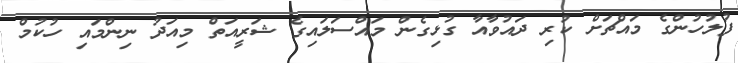
ފުލުހުންގެ މައްޗަށް ކުރި ދައުވާއާ ގުޅިގެން މައްސަލައިގެ ޝަރީއަތް މިއަދު ނިންމައި ހުކުމް